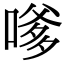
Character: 嗲